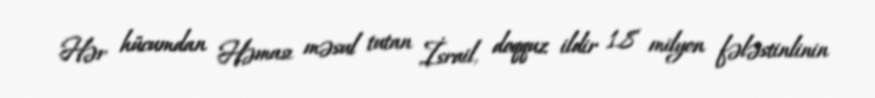
Hər hücumdan Həması məsul tutan İsrail, doqquz ildir 1.8 milyon fələstinlinin